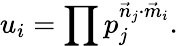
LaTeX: u_{i}=\prod p_{j}^{{\vec{n}_{j}}\cdot{\vec{m}_{i}}}.